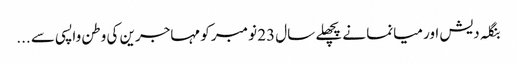
بنگلہ دیش اور میانما نے پچھلے سال 23 نومبر کو مہاجرین کی وطن واپسی سے ...